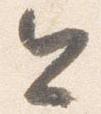
今